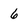
Character: 6